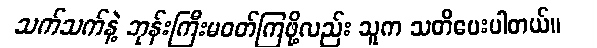
သက်သက်နဲ့ ဘုန်းကြီးမဝတ်ကြဖို့လည်း သူက သတိပေးပါတယ်။